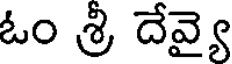
ఓం శ్రి దేవ్యై